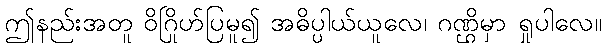
ဤနည်းအတူ ဝိဂြိုဟ်ပြမူ၍ အဓိပ္ပါယ်ယူလေ၊ ဂဏ္ဌိမှာ ရှုပါလေ။